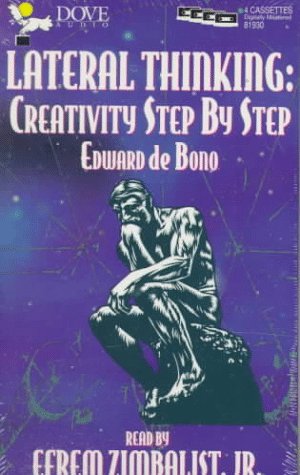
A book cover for Lateral Thinking: Creativity Step-By-Step; Edward De Bono; Law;